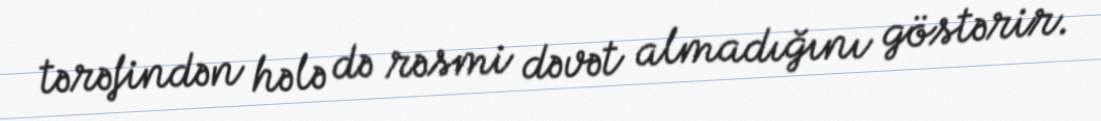
tərəfindən hələ də rəsmi dəvət almadığını göstərir.